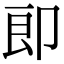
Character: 𭅺